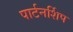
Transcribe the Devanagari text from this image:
पार्टनर्शिप